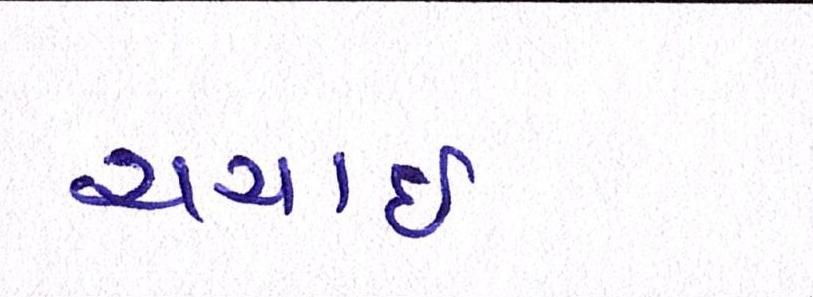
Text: ચર્ચાઇ